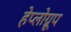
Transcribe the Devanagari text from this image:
हेप्लोग्रूप